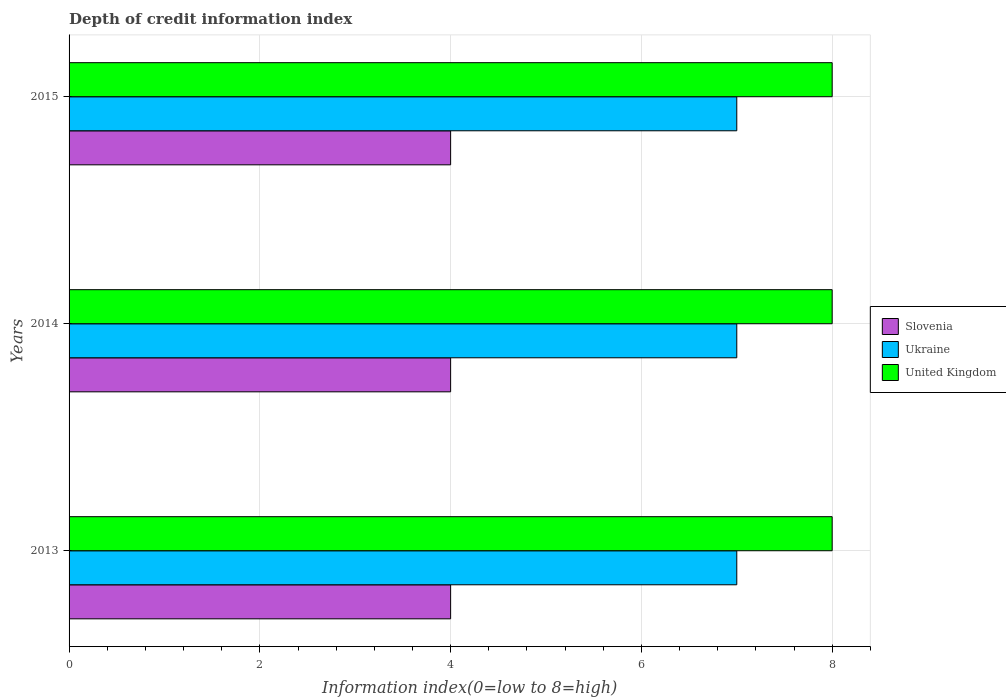
| Years | Slovenia | Ukraine | United Kingdom |
 | --- | --- | --- | --- |
 | 2013 | 4 | 7 | 8 |
 | 2014 | 4 | 7 | 8 |
 | 2015 | 4 | 7 | 8 |